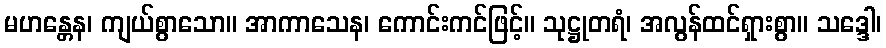
မဟန္တေန၊ ကျယ်စွာသော။ အာကာသေန၊ ကောင်းကင်ဖြင့်။ သုဋ္ဌုတရံ၊ အလွန်ထင်ရှားစွာ။ သဒ္ဒေါ၊